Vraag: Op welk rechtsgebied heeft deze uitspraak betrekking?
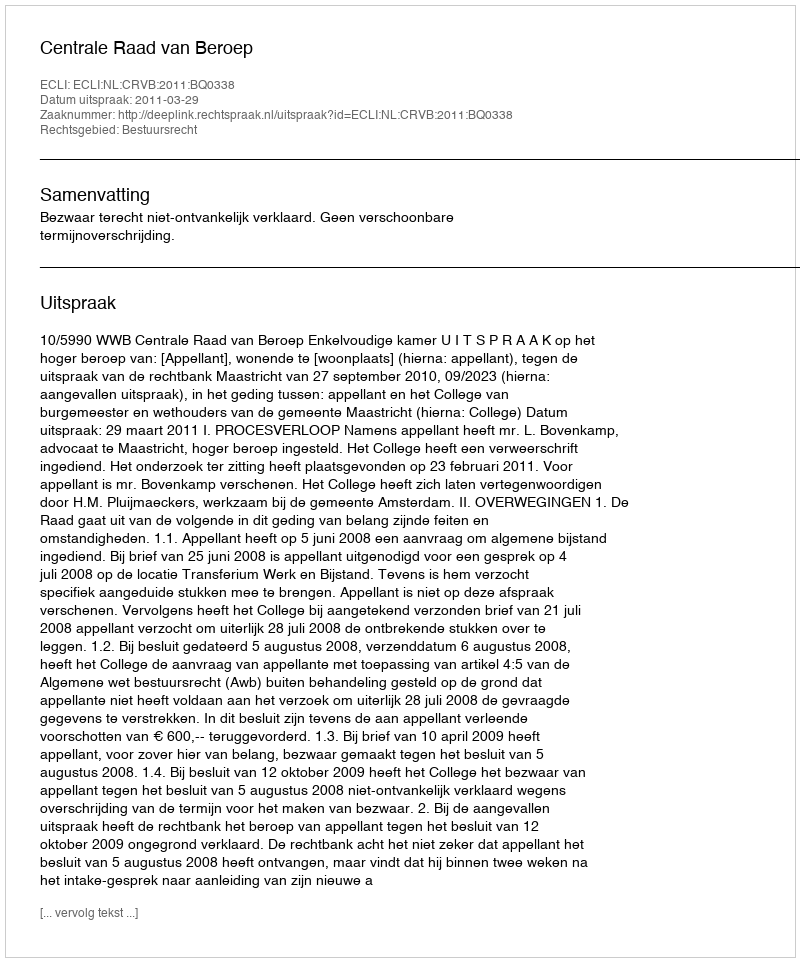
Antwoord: Bestuursrecht